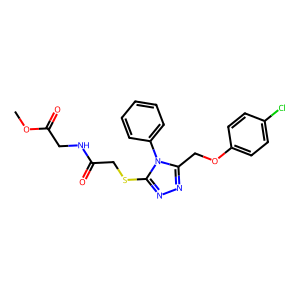
SMILES: COC(=O)CNC(=O)CSc1nnc(COc2ccc(Cl)cc2)n1-c1ccccc1
Inhibits HIV replication: No